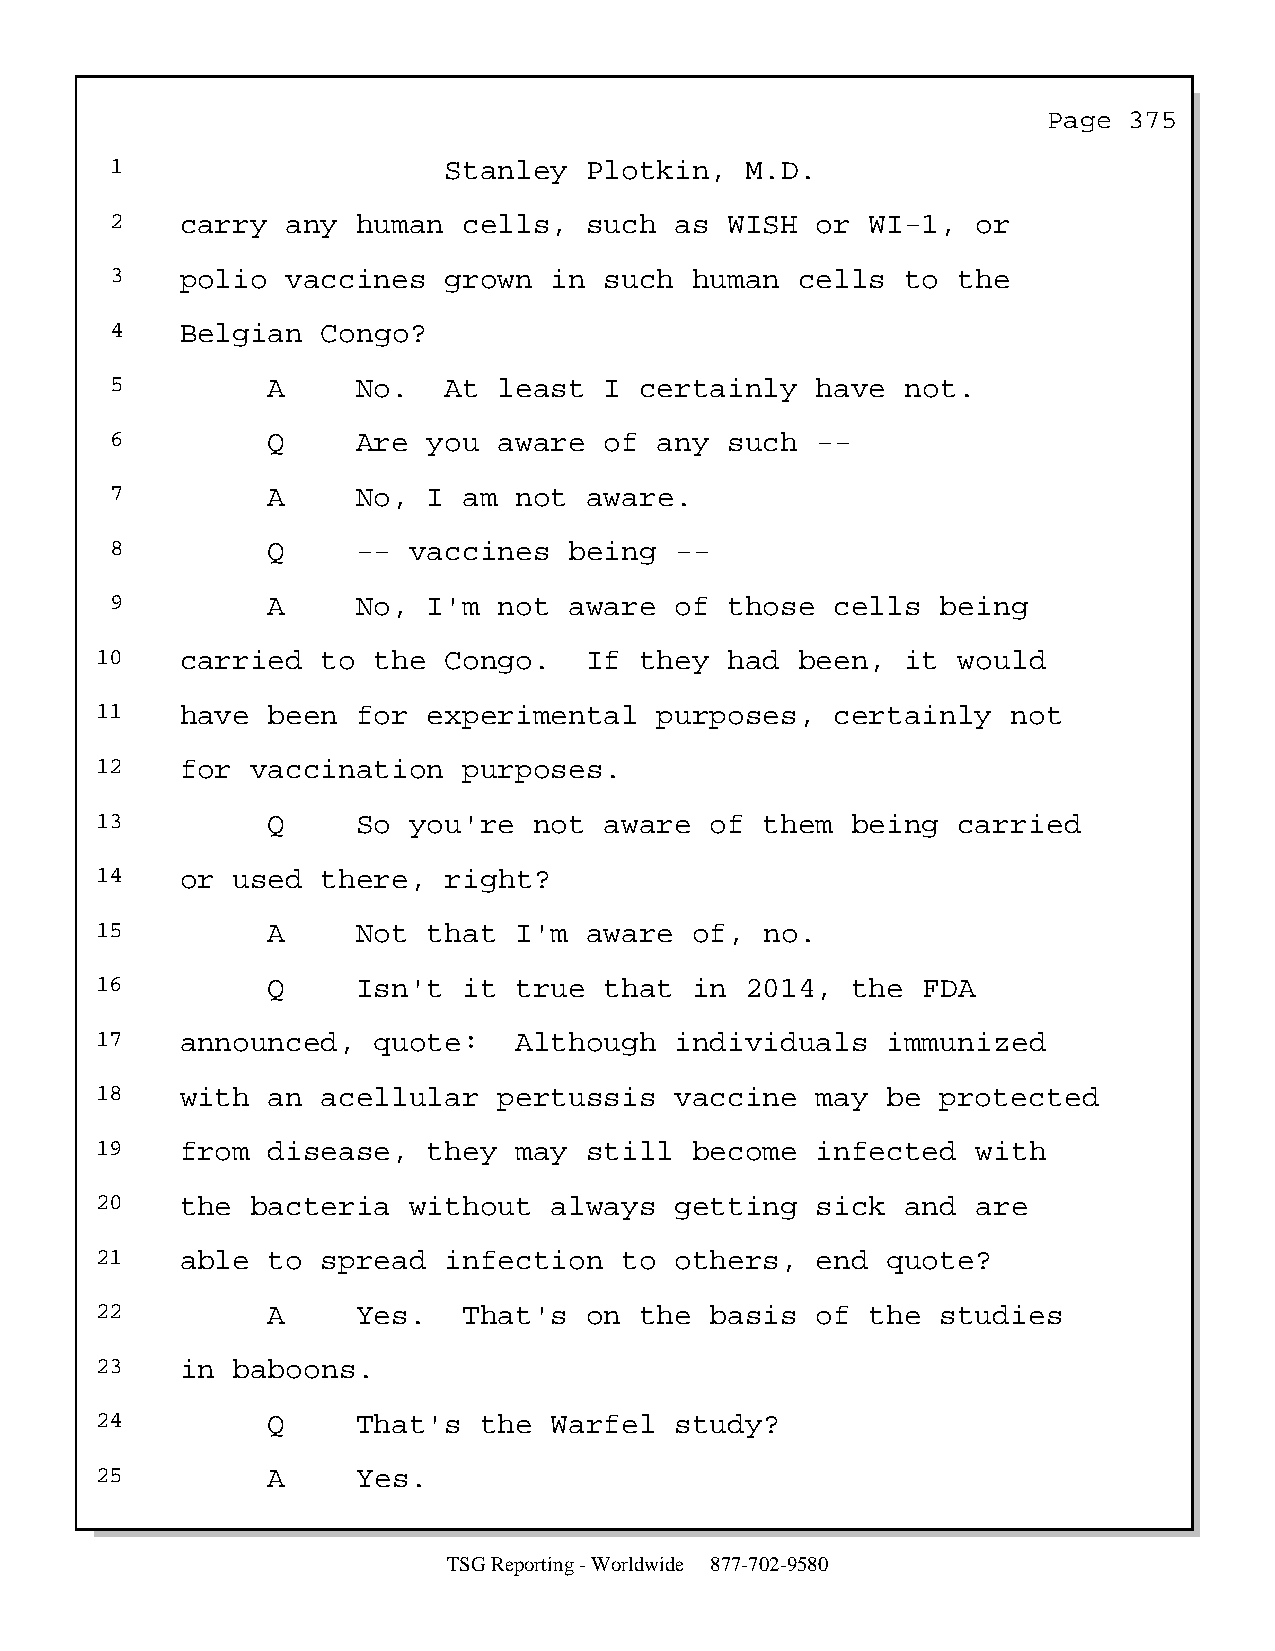
Page  375
 1                     Stanley   Plotkin,  M.D.
 2    carry  any  human  cells,  such  as WISH  or  WI-1,  or
 3    polio  vaccines  grown  in  such  human  cells  to the
 4    Belgian  Congo?
 5          A     No.  At  least  I certainly   have  not.
 6          Q     Are you  aware  of  any such  --
 7          A     No, I  am not  aware.
 8          Q     -- vaccines   being  --
 9          A     No, I'm  not  aware  of those  cells  being
 10    carried  to  the Congo.    If they  had  been,  it would
 11    have  been  for experimental    purposes,  certainly   not
 12    for  vaccination   purposes.
 13          Q     So you're  not  aware  of  them being  carried
 14    or used  there,  right?
 15          A     Not that  I'm  aware  of,  no.
 16          Q     Isn't  it true  that  in 2014,  the  FDA
 17    announced,   quote:   Although   individuals   immunized
 18    with  an acellular   pertussis   vaccine  may  be protected
 19    from  disease,  they  may  still  become  infected   with
 20    the  bacteria  without  always   getting  sick  and  are
 21    able  to spread  infection   to  others,  end  quote?
 22          A     Yes.   That's  on the  basis  of  the studies
 23    in baboons.
 24          Q     That's  the Warfel   study?
 25          A     Yes.
 TSG Reporting - Worldwide 877-702-9580